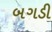
બગડી